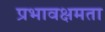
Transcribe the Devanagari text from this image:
प्रभावक्षमता